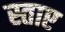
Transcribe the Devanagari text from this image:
स्ताए